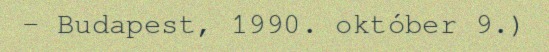
– Budapest, 1990. október 9.)